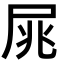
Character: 𡱜